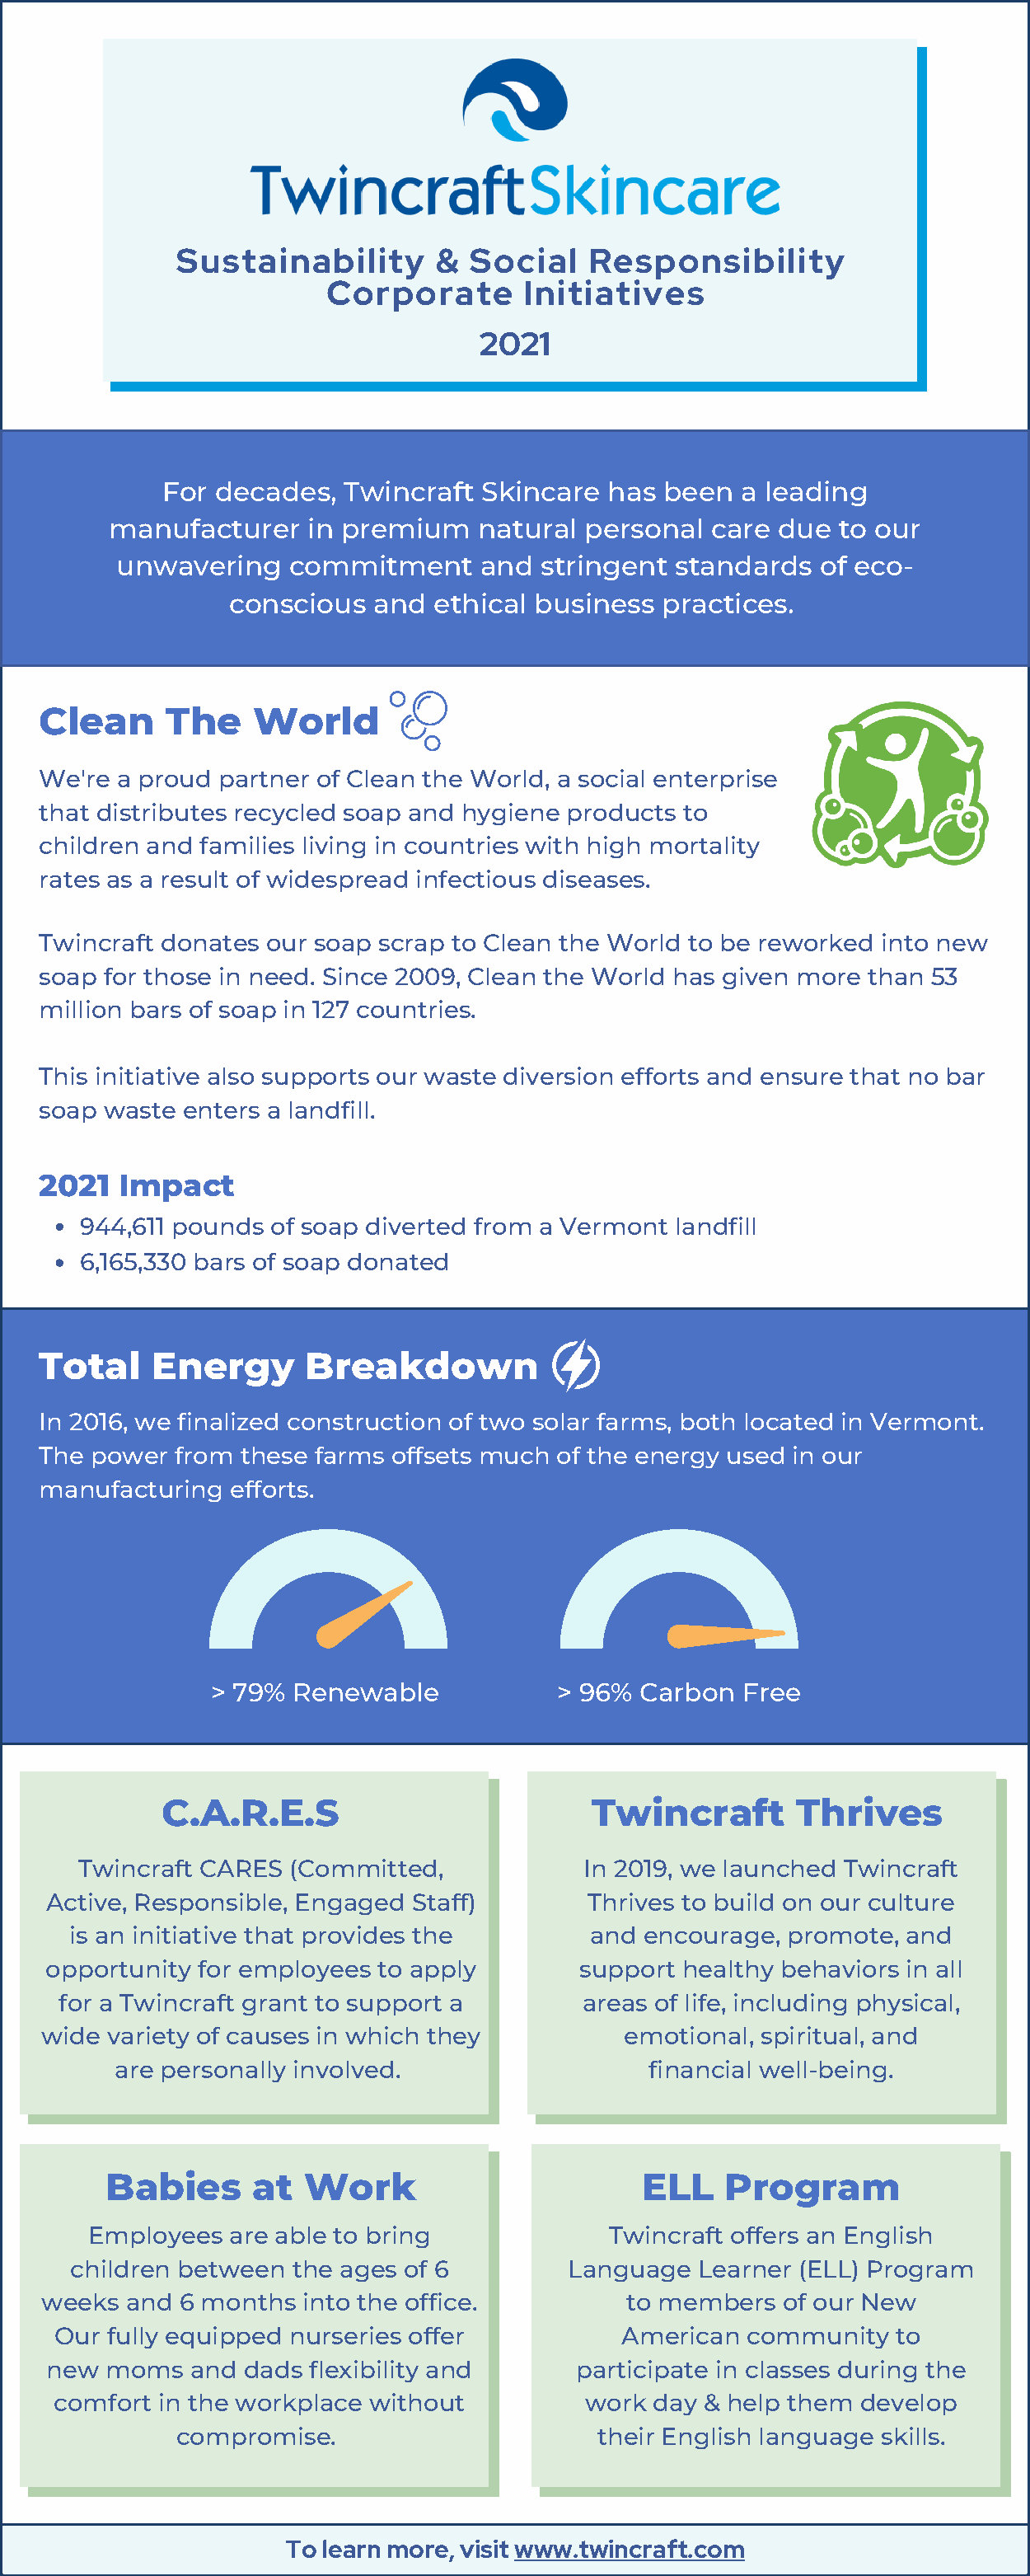
Sustainability       &  Social   Responsibility
 Corporate       Initiatives
 2021
 For decades,   Twincraft  Skincare  has been   a leading
 manufacturer    in premium   natural  personal  care due  to our
 unwavering    commitment      and stringent  standards   of eco-
 conscious   and  ethical business  practices.
 Clean     The    World
 We're a proud  partner of Clean the World, a social enterprise
 that distributes recycled soap and hygiene products to
 children and families living in countries with high mortality
 rates as a result of widespread infectious diseases.
 Twincraft donates our soap scrap to Clean the World to be reworked  into new
 soap for those in need. Since 2009, Clean the World has given more than 53
 million bars of soap in 127 countries.
 This initiative also supports our waste diversion efforts and ensure that no bar
 soap waste  enters a landfill.
 2021   Impact
 944,611 pounds  of soap diverted from a Vermont landfill
 6,165,330 bars of soap donated
 Total    Energy       Breakdown
 In 2016, we finalized construction of two solar farms, both located in Vermont.
 The power  from these farms offsets much  of the energy used in our
 manufacturing  efforts.
 > 79% Renewable             > 96% Carbon   Free
 C.A.R.E.S                          Twincraft       Thrives
 Twincraft CARES  (Committed,             In 2019, we launched Twincraft
 Active, Responsible, Engaged Staff)        Thrives to build on our culture
 is an initiative that provides the       and  encourage, promote,  and
 opportunity for employees to apply         support healthy behaviors in all
 for a Twincraft grant to support a        areas of life, including physical,
 wide  variety of causes in which they          emotional, spiritual, and
 are personally involved.                   financial well-being.
 Babies      at  Work                        ELL   Program
 Employees  are able to bring              Twincraft offers an English
 children between the ages of 6          Language  Learner (ELL) Program
 weeks  and 6 months  into the office.          to members   of our New
 Our  fully equipped nurseries offer           American  community   to
 new moms   and  dads flexibility and      participate in classes during the
 comfort  in the workplace without          work day  & help them develop
 compromise.                       their English language skills.
 To learn more, visit www.twincraft.com